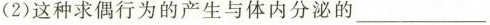
(2)这种求偶行为的产生与体内分泌的___